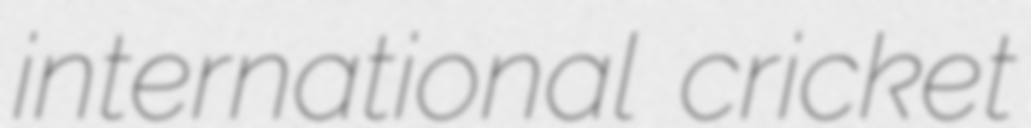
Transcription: international cricket